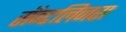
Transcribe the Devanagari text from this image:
सॅन्टलिनस